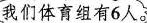
我们体育组有6人。